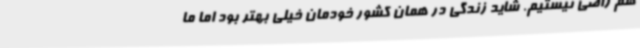
هم راضی نیستیم. شاید زندگی در همان کشور خودمان خیلی بهتر بود اما ما